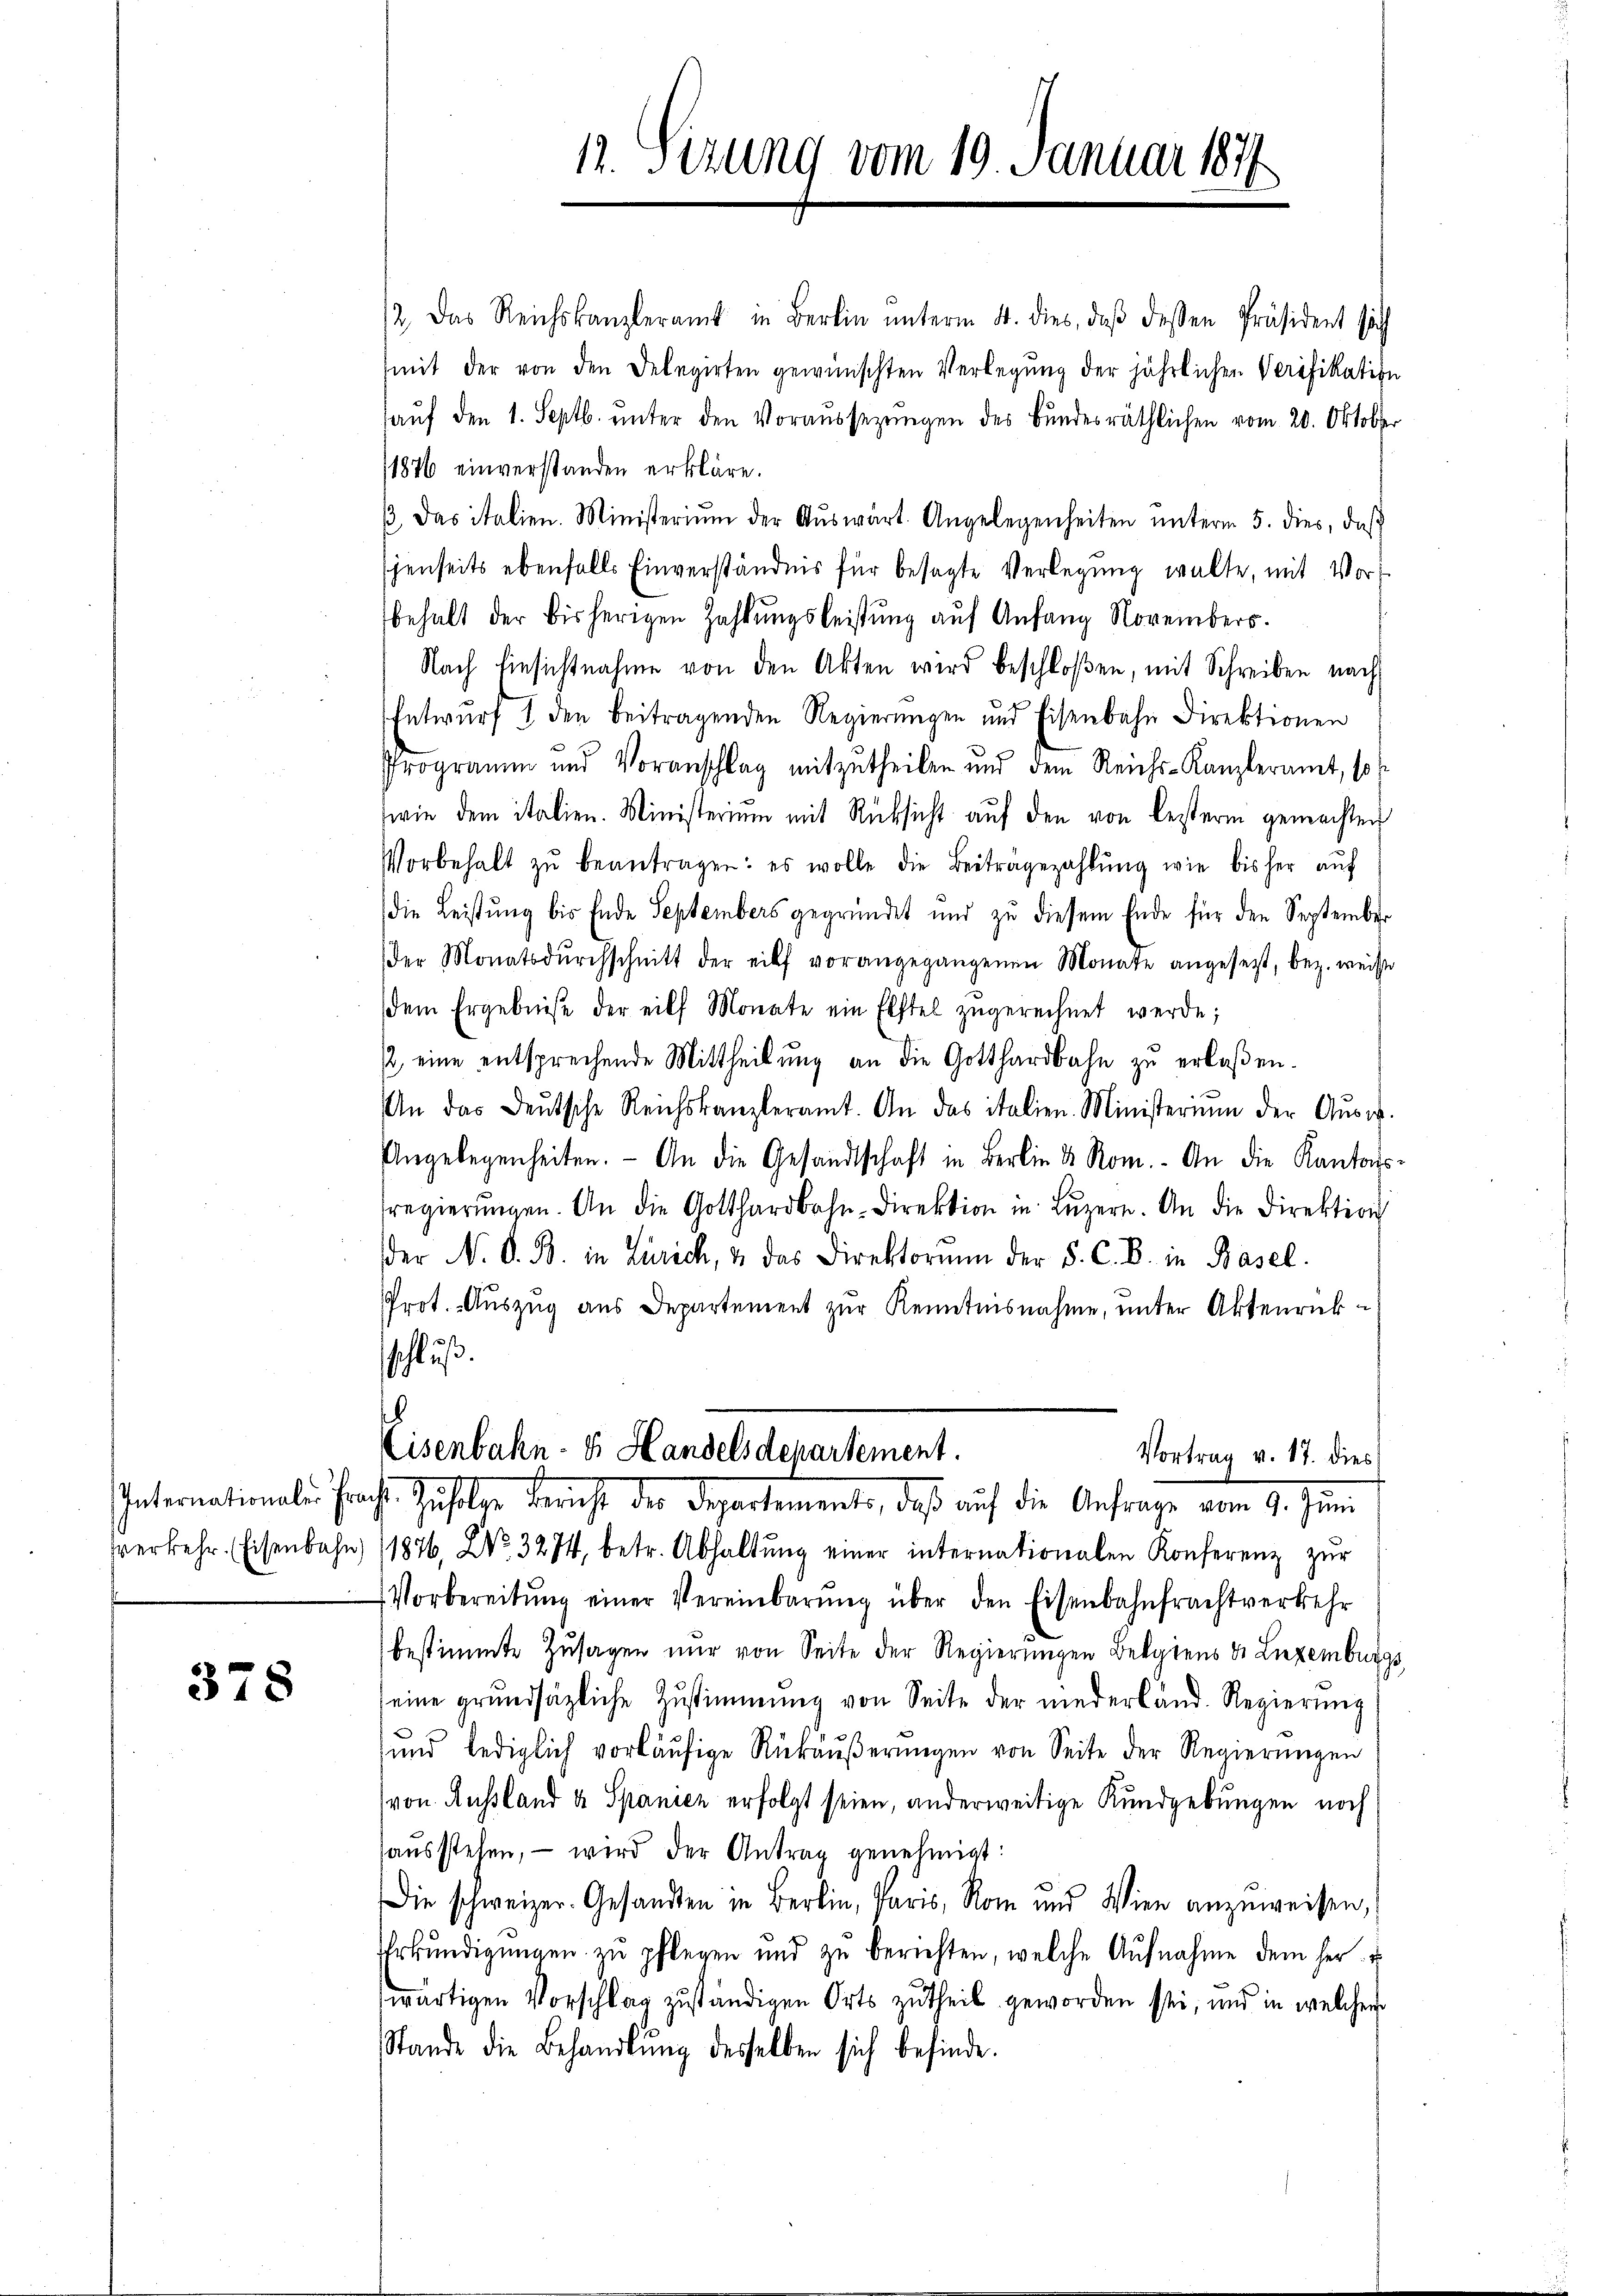
378

12. Das Reichskanzleramt in Berlin ŭnterm 4. dies, daβ dessen Präsident sich
mit der von den Delegirten gewünschten Verlegung der jährlichen Verifikation
aŭf den 1. Septb. unter den Voraussetzungen des Bundesräthlichen vom 20. Oktober
1876 einverstanden erkläre.
β. Das italien. Ministeriŭm der Aŭswärt. Angelegenheiten ŭnterm 5. dies, daβ
jenseits ebenfalls Einverständnis für besagte Verlegung walte, mit Vorbehalt der bisherigen Zahlungsleistung auf Anfang Novembers.
Nach Einsichtnahme von den Akten wird beschloßen, mit Schreiben nach
Entwurf I den beitragenden Regierŭngen und Eisenbahn Direktionen
Programm und Voranschlag mitzutheilen und dem Reichs-Kanzleramt, so s
wie dem italien. Ministerium mit Rücksicht auf den von Besterin gemachten
Vorbehalt zŭ beantragen: es wolle die Beitragezahlŭng wie bisher aŭf
die Leistŭng bis Ende Septembers gegründet und zu diesem Ende für den September
der Monatsdŭrchschnitt der eilf vorangegangenen Monate angesetzt, bez. weise
dem Ergebniße der eilf Monate ein Elftel zŭgerechnet werde;
/ eine entsprechende Mittheilung an die Gotthardbahn zu erlaßen.
An das deŭtsche Reichskanzleramt. An das italien. Ministerium der Aŭsw.
Angelegenheiten. - An die Gesandtschaft in Berlin d Rom. An die Kantons-
sregierŭngen. An die Gotthardbahn-Direktion in Lŭzern. An die Direktion
der N. O. B. in Zürich, & das Direktorŭm der 5. C. B. in Basel.
Prot. Auszug aus Departement zur Kenntnisnahme, unter Aktenrückschluß.
6
Eisenbahn- & Handelsdepartement.
Vortrag v. 17. dies
Internationale Prache Zufolge Bericht der Departemente, daß auf die Anfrage vom 9. Juni
verkehr. Eisenbahn 1876. No. 3274, betr. Abhaltŭng einer internationalen Konferenz zŭr
Vorbereitŭng einer Vereinbarŭng über den Eisenbahnfrachtverkehr
bestimmte Zusagen nur von Seite der Regierungen Belgiens d. Luzemburgs
seine grundsätzliche Zustimmung von Seite der niederland. Regierŭng
sund lediglich vorläŭfige Rükäŭβerŭngen von Seite der Regierŭngen
von Aussland & Spanien erfolgt seien, anderweitige Kundgebungen noch
haŭsstehen, – wird der Antrag genehmigt:
Die schweizer. Gesandten in Berlin, Paris, Rom und Wien anzuweisen,
Erkŭndigŭngen zu pflegen und zŭ berichten, welche Aŭfnahme dem her
wärtigen Vorschlag zuständigen Orts zutheil geworden sei, und in welcher
Stande die Behandlŭng desselben sich befinde.

1. Sizung vom 19. Januar 1877